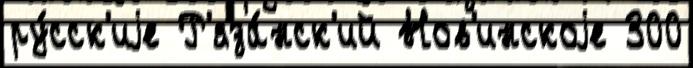
ру́сск'иjе Р'яза́нск'ий Нов'инскоjе 300